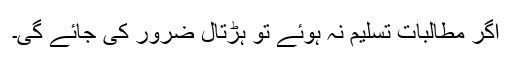
اگر مطالبات تسلیم نہ ہوئے تو ہڑتال ضرور کی جائے گی۔